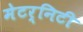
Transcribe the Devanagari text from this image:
मेटर्निटी